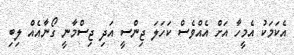
އެކަމަކު އެމީހާ އަށް އެއްވެސް ކަހަލަ ޖިންސީ އަދި ޖިސްމާނީ ގޯނާއެއް ލިބި